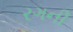
રગની